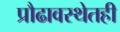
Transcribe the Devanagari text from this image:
प्रौढावस्थेतही